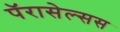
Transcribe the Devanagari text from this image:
पॅरासेल्सस